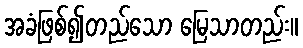
အခံဖြစ်၍တည်သော မြေသာတည်း။